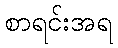
စာရင်းအရ